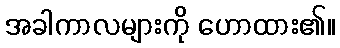
အခါကာလများကို ဟောထား၏။